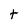
Character: t